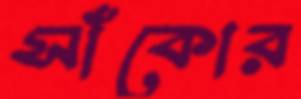
সাঁকোর